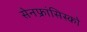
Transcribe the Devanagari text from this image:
सेनफ्रांसिस्को